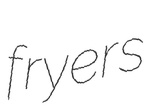
fryers